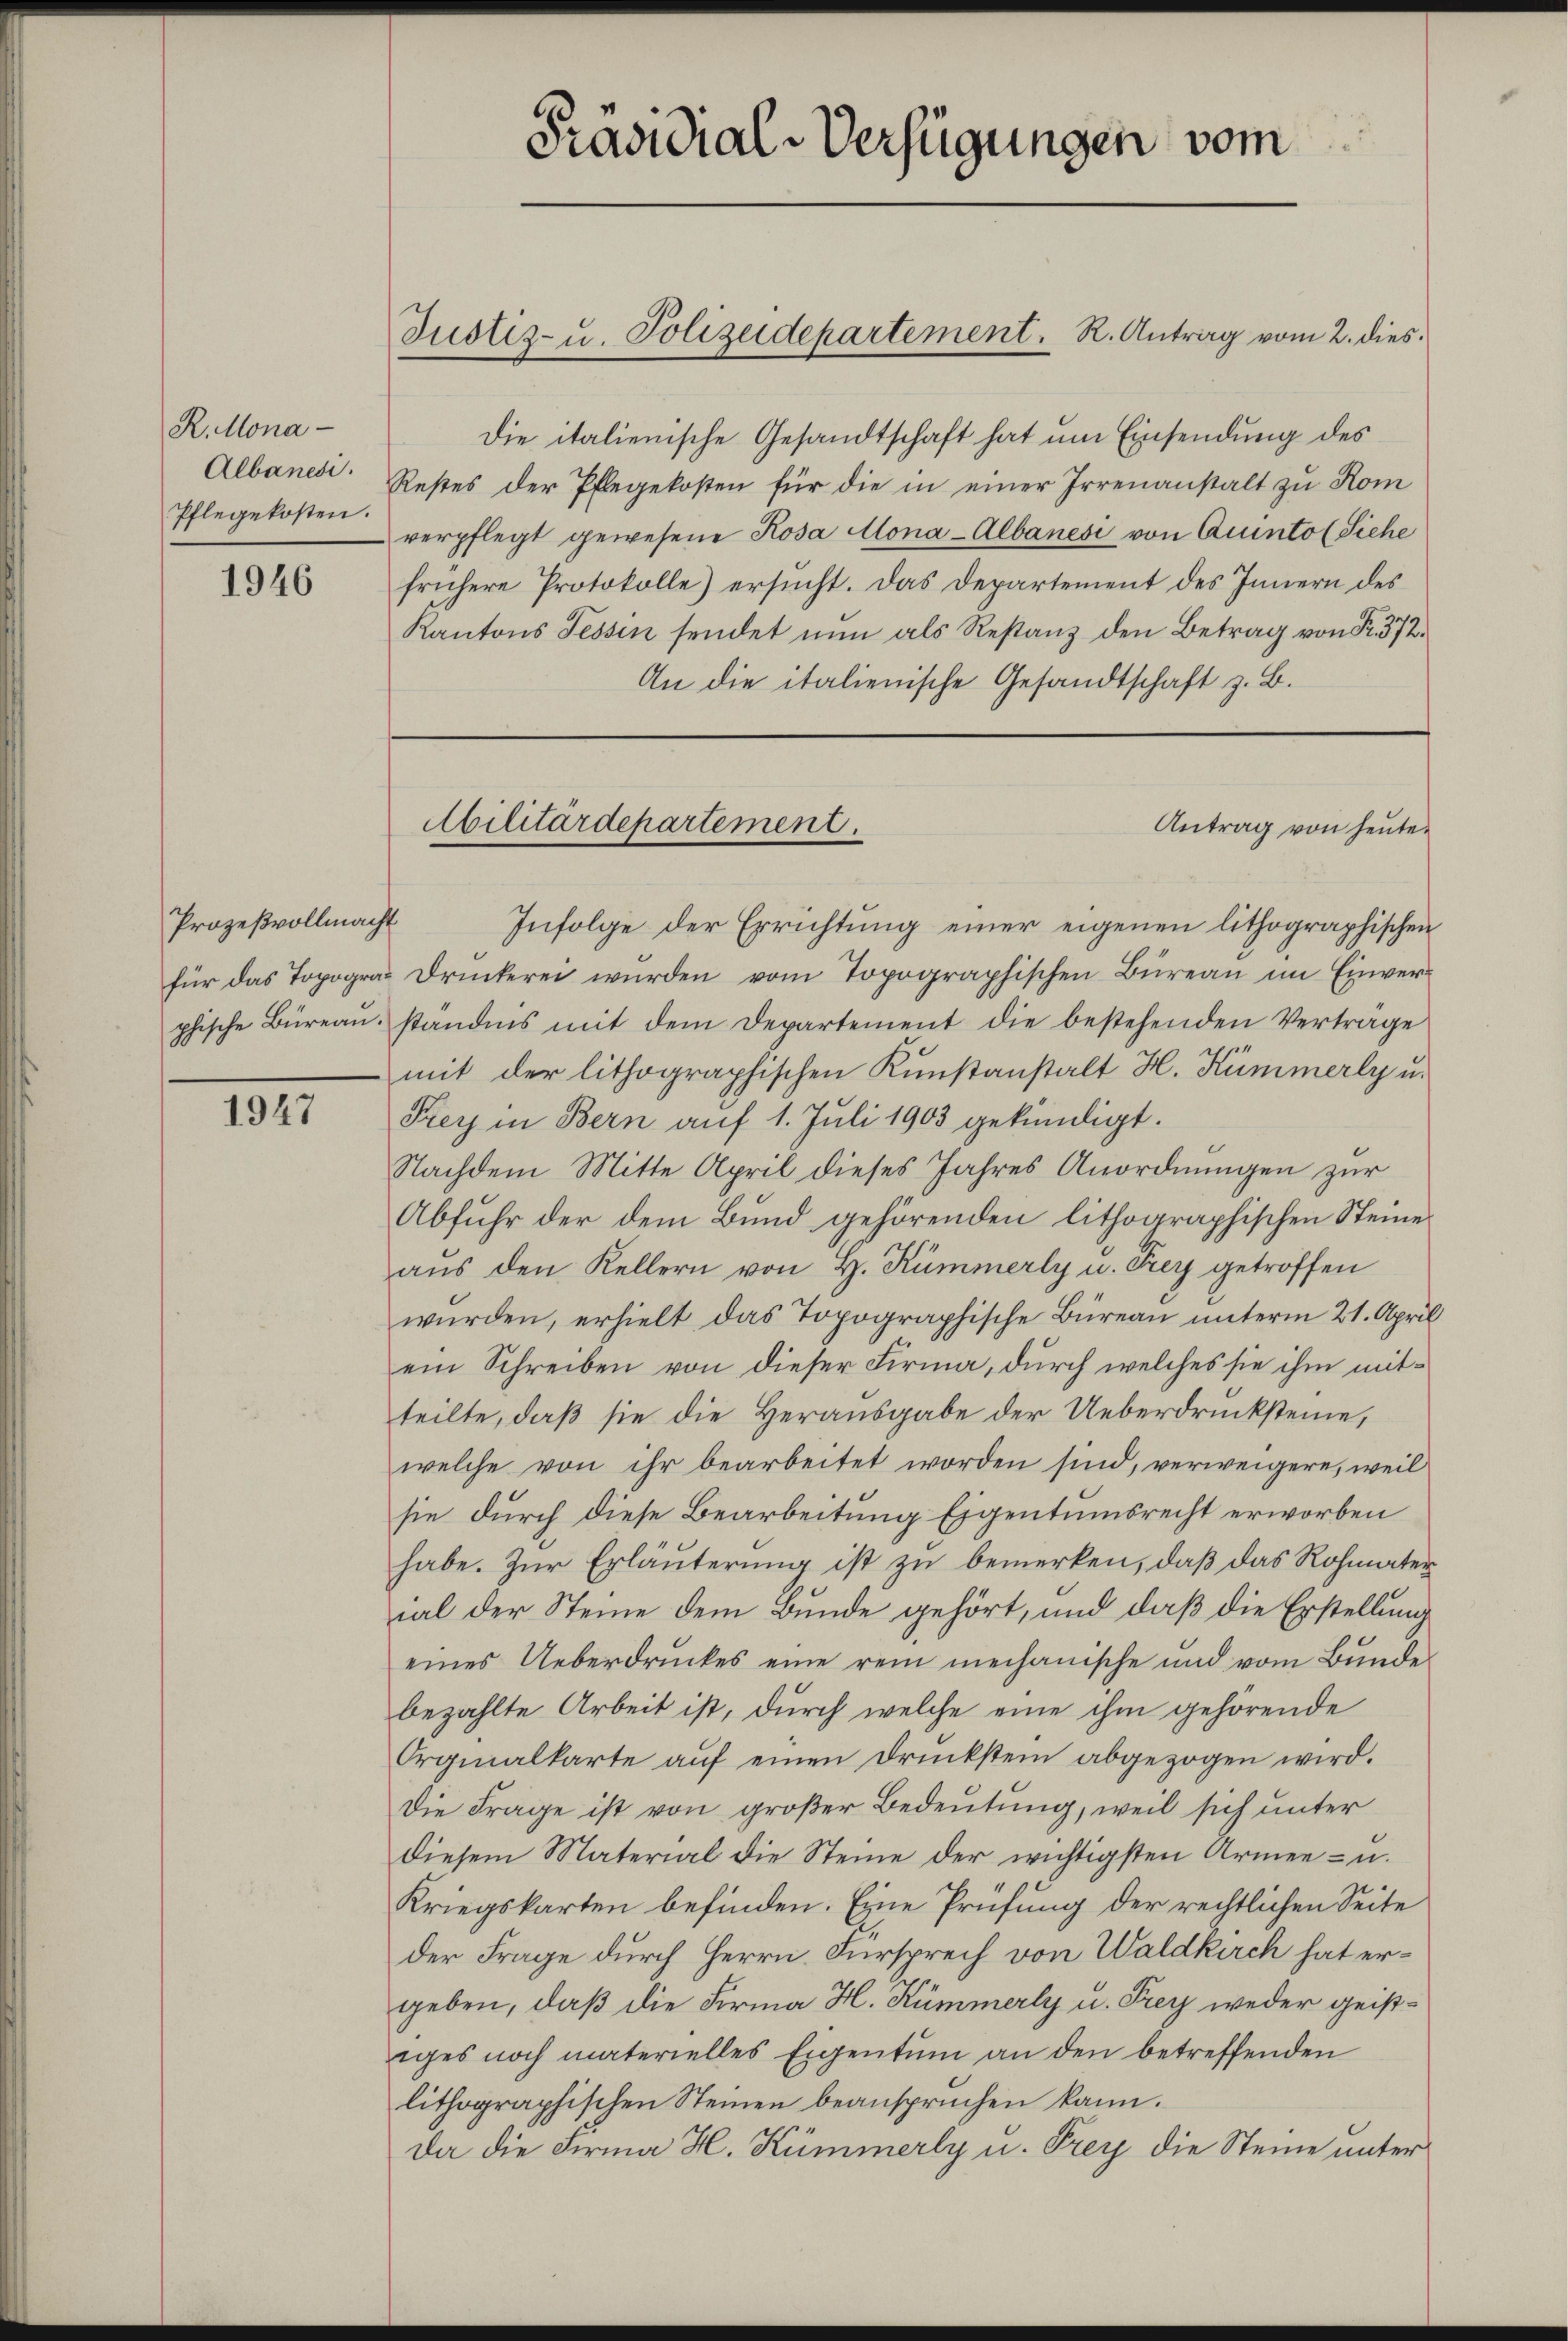
R. Mona
Albanesi.
Pflegekosten.

1946

Prozeßvollmacht
phische Büreau.

1947

Präsidial-Verfügungen vom

Die italienische Gesandtschaft hat um Einsendung des
Restes der Pflegekosten für die in einer Irrenanstalt zu Kom
verpflegt gewesene Rosa Mona-Albanesi von Quinto (Siehe
frühere Protokolle) ersucht. Das Departement des Innern des
Kantons Tessin sendet nun als Restanz den Betrag von Fr. 372.
An die italienische Gesandtschaft z. B.
Infolge der Errichtung einer eigenen lithographischen
für das Topogras druckerei wurden vom Topographischen Büreaŭ im Einverständnis mit dem Departement die bestehenden Verträge
mit der lithographischen Kunstanstalt H. Kümmerly u.
Frey in Bern auf 1. Juli 1903 gekündigt.
Nachdem Mitte April dieses Jahres Anordnungen zur
Abfuhr der dem Bund gehörenden lithographischen Steines
aus den Kellern von H. Kümmerly u. Frey getroffen
wŭrden, erhielt das Topographische Büreaŭ ŭnterm 21. April
ein Schreiben von dieser Firma, durch welches sie ihm mitteilte, daß sie die Herausgabe der Ueberdrücksteine,
welche von ihr bearbeitet worden sind, verweigere, weil
sie durch diese Bearbeitung Eigentumsrecht erworben
habe. Zur Erläuterung ist zu bemerken, daß das Rohmater
ial der Steine dem Bunde gehört, und daß die Erstellung
eines Ueberdruckes eine rein mechanische und vom Bunde
bezahlte Arbeit ist, durch welche eine ihm gehörende
Orginalkarte auf einen Druckstein abgezogen wird.
Die Frage ist von großer Bedeutung, weil sich unter
diesem Material die Steine der wichtigsten Armee- u.
Kriegskarten befinden. Eine Prüfung der rechtlichen Seite
der Frage durch Herrn. Fürsprech von Waldkirch hat ergeben, daß die Firma H. Kümmerly u. Frey weder geistiges noch materielles Eigentum an den betreffenden
lithographischen Steinen beanspruchen kann.
Da die Firma H. Kümmerly u. Frey die Steine unter

Justiz- u. Polizeidepartement. R. Antrag vom 2. dies

Militärdepartement.

Antrag von heute.